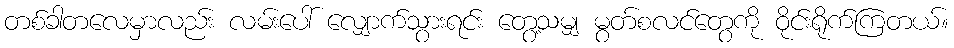
တစ်ခါတလေမှာလည်း လမ်းပေါ် လျှောက်သွားရင်း တွေ့သမျှ မွတ်စလင်တွေကို ဝိုင်းရိုက်ကြတယ်။